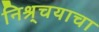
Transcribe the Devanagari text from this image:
निश्र्चयाचा